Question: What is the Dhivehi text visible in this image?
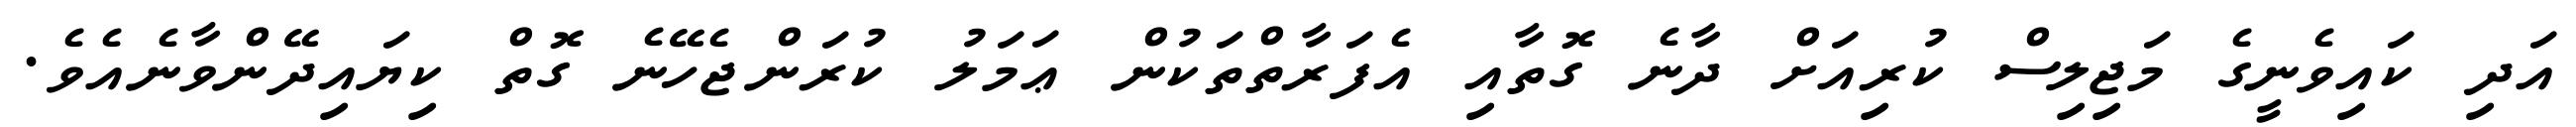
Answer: އަދި ކައިވެނީގެ މަޖިލިސް ކުރިއަށް ދާނެ ގޮތާއި އެފަރާތްތަކުން ޢަމަލު ކުރަންޖެހޭނެ ގޮތް ކިޔައިދޭންވާނެއެވެ.